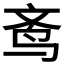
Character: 𬸀